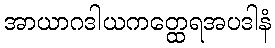
အာယာဂဒါယကတ္ထေရအပဒါနံ